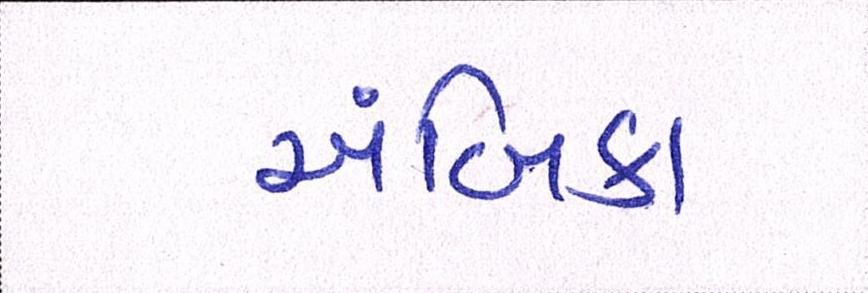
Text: અંબિકા